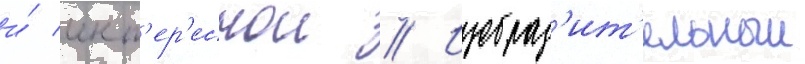
и́ инт'ер'еснои // Изобраз'ит'ельныи